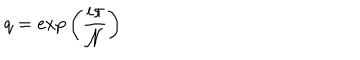
LaTeX: q = \mathrm { e x p } \left( \frac { i \pi } { { \cal N } } \right)